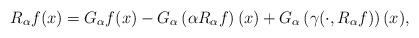
LaTeX: \begin{align*}R_{\alpha}f(x)=G_{\alpha}f(x)-G_{\alpha}\left(\alpha R_{\alpha}f\right)(x)+G_{\alpha}\left(\gamma(\cdot,R_{\alpha}f)\right)(x),\end{align*}